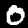
Digit: 0